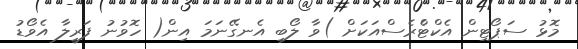
މޮޅު ސަޕޯޓިން އެކްޓްެރެސްއަކަށް )ވާ ލޯބި އެނގޭނަމަ އިން( ހޮވުނު ފަރީލާ އެވޯޑު